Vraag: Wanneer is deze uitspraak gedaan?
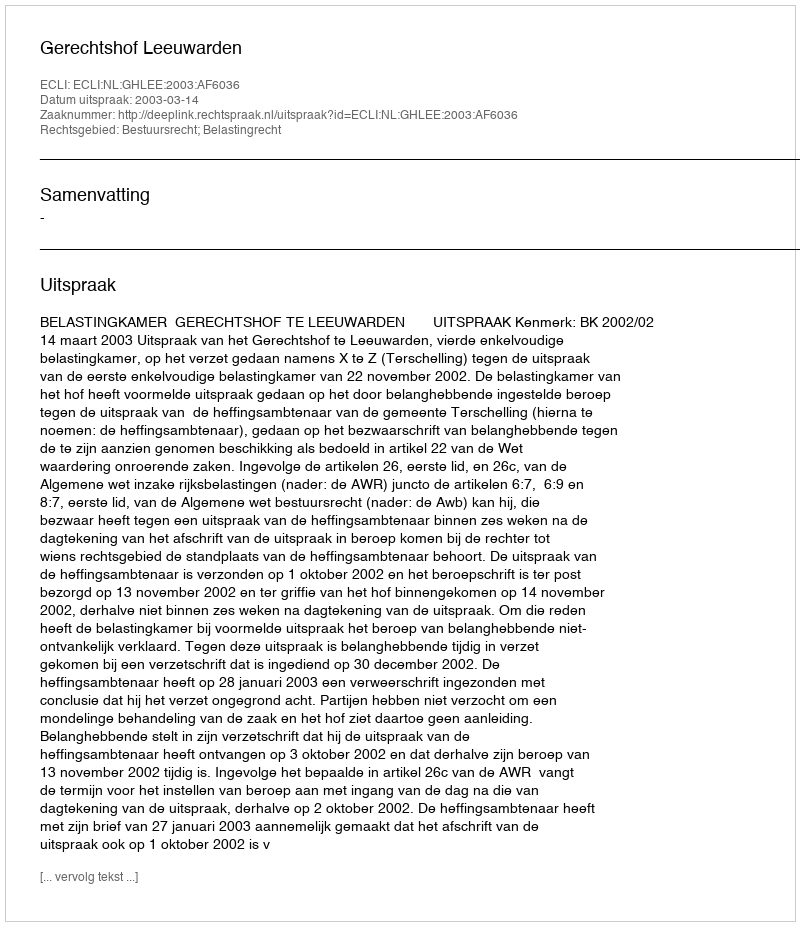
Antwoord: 2003-03-14